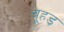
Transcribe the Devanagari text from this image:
चूहड़